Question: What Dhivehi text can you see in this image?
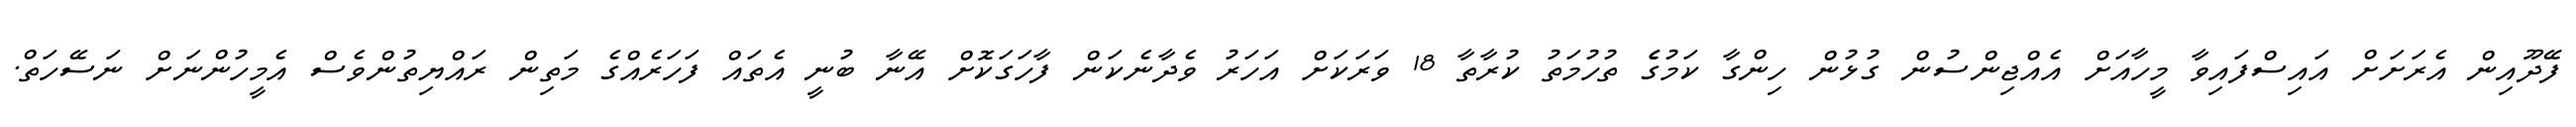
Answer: ފޭދޫއިން އެރަށަށް އައިސްފައިވާ މީހާއަށް އެއްޖިންސުން ގުޅުން ހިންގާ ކަމުގެެ ތުހުމަތު ކުރާތާ 18 ވަރަކަށް އަހަރު ވެދާނެކަން ފާހަގަކޮށް އޭނާ ބުނީ އެތައް ފަހަރެއްގެ މަތިން ރައްޔިތުންވެސް އެމީހުންނަށް ނަސޭހަތް.